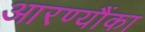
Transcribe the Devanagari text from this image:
आरण्यौंका